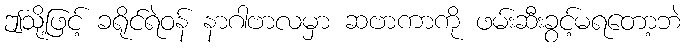
ဤသို့ဖြင့် ခရိုင်ရဲဝန် နာဂါဗာလမှာ ဆဗာကာကို ဖမ်းဆီးခွင့်မရတော့ဘဲ